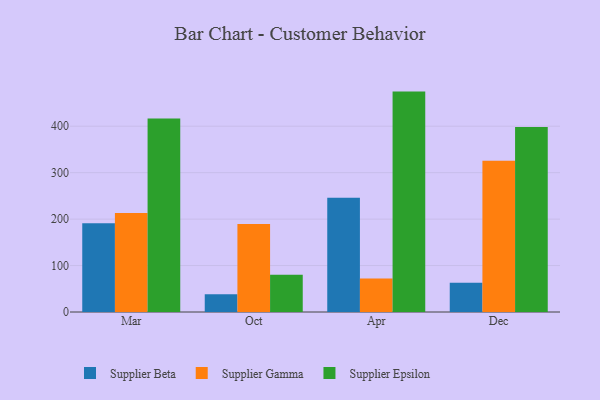
{"axis": {"x": "Month", "y": "Waste Production (Tons)"}, "legend": ["Supplier Beta", "Supplier Epsilon", "Supplier Gamma"], "data": [{"x": "Mar", "y": 191.3, "type": "Supplier Beta"}, {"x": "Mar", "y": 212.9, "type": "Supplier Gamma"}, {"x": "Mar", "y": 416.5, "type": "Supplier Epsilon"}, {"x": "Oct", "y": 38.3, "type": "Supplier Beta"}, {"x": "Oct", "y": 189.7, "type": "Supplier Gamma"}, {"x": "Oct", "y": 80.3, "type": "Supplier Epsilon"}, {"x": "Apr", "y": 245.8, "type": "Supplier Beta"}, {"x": "Apr", "y": 72.1, "type": "Supplier Gamma"}, {"x": "Apr", "y": 474.5, "type": "Supplier Epsilon"}, {"x": "Dec", "y": 63.0, "type": "Supplier Beta"}, {"x": "Dec", "y": 325.5, "type": "Supplier Gamma"}, {"x": "Dec", "y": 398.2, "type": "Supplier Epsilon"}]}